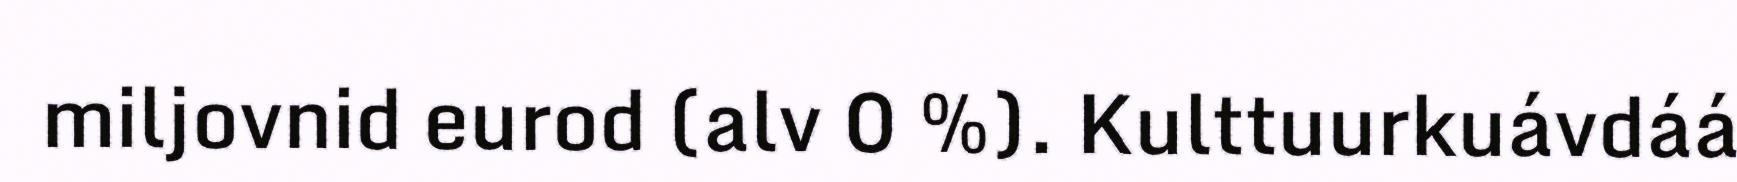
miljovnid eurod (alv 0 %). Kulttuurkuávdáá